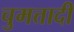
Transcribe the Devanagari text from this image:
चुमत्तादी